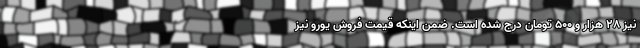
نیز 28 هزار و 500 تومان درج شده است. ضمن اینکه قیمت فروش یورو نیز